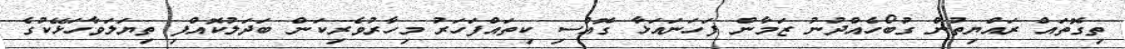
ތިގޮތައް ރައްޔިތުން ގުބޯހެއްދުނު ޒަމާން ފަހަނައަޅާ ގޮއްސި ކިތައްފަހަރު މިހާރުވެރިކަން ބަދަލުކޮއްފި ތިޔަލަވާހަޅޭކުގެ